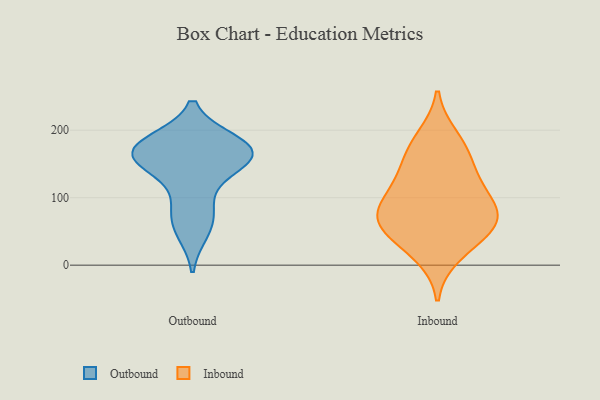
{"axis": {"x": "Population (Million)", "y": "Value"}, "legend": ["Inbound", "Outbound"], "data": [{"x": "", "y": 169, "type": "Outbound"}, {"x": "", "y": 152, "type": "Outbound"}, {"x": "", "y": 174, "type": "Outbound"}, {"x": "", "y": 166, "type": "Outbound"}, {"x": "", "y": 94, "type": "Outbound"}, {"x": "", "y": 149, "type": "Outbound"}, {"x": "", "y": 68, "type": "Outbound"}, {"x": "", "y": 51, "type": "Outbound"}, {"x": "", "y": 182, "type": "Outbound"}, {"x": "", "y": 177, "type": "Outbound"}, {"x": "", "y": 159, "type": "Outbound"}, {"x": "", "y": 66, "type": "Inbound"}, {"x": "", "y": 79, "type": "Inbound"}, {"x": "", "y": 149, "type": "Inbound"}, {"x": "", "y": 170, "type": "Inbound"}, {"x": "", "y": 44, "type": "Inbound"}, {"x": "", "y": 75, "type": "Inbound"}, {"x": "", "y": 189, "type": "Inbound"}, {"x": "", "y": 79, "type": "Inbound"}, {"x": "", "y": 117, "type": "Inbound"}, {"x": "", "y": 16, "type": "Inbound"}, {"x": "", "y": 118, "type": "Inbound"}, {"x": "", "y": 52, "type": "Inbound"}]}